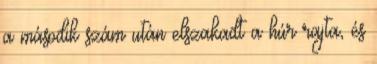
a második szám után elszakadt a húr rajta, és